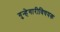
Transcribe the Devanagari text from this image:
गुन्हेगारीविषयक